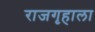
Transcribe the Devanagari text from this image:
राजगृहाला